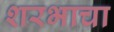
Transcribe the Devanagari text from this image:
शरभाचा